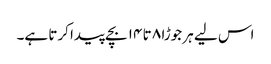
اس لیے ہر جوڑا ۸ تا ۱۴ بچے پیدا کرتا ہے۔